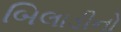
બિલાડીનો